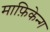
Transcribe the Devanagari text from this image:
माफ़िकेन्ग